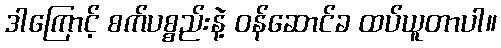
ဒါကြောင့် စက်ပစ္စည်းနဲ့ ဝန်ဆောင်ခ ထပ်ယူတာပါ။